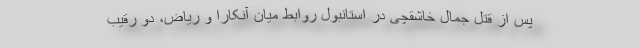
پس از قتل جمال خاشقچی در استانبول روابط میان آنکارا و ریاض، دو رقیب